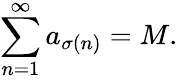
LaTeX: \sum_{n=1}^{\infty}a_{\sigma(n)}=M.